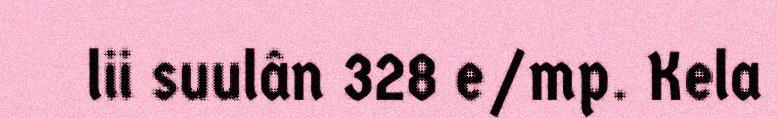
lii suulân 328 e/mp. Kela